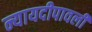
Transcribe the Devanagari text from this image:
न्यायदीपावली